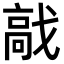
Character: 𩫅